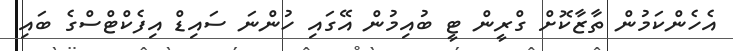
އެހެންކަމުން ތާޒާކޮށް ގްރީން ޓީ ބުއިމުން އޭގައި ހުންނަ ސައިޑް އިފެކްޓްސްގެ ބައި